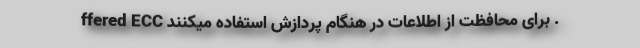
ffered ECC برای محافظت از اطلاعات در هنگام پردازش استفاده میکنند .